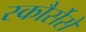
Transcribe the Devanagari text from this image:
स्कौर्सेसे